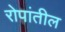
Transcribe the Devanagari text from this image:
रोपांतील